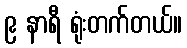
၉ နာရီ ရုံးတက်တယ်။